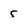
Character: 5